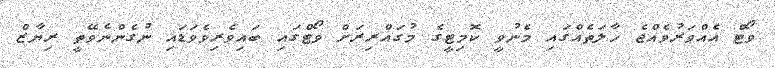
ވޯޓް އެއްވަރުވެއްޖެ ހާލަތެއްގައި މެނުވީ ކޮމިޓީގެ މުގައްރިރަށް ވޯޓްގައި ބައިވެރިވެވަޑައި ނުގެންނެވޭތީ ރިޔާޒް